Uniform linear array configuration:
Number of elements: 4
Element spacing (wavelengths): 0.5
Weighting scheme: binomial
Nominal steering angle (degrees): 45
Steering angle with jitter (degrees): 43.717
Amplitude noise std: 0.05
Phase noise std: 0.05

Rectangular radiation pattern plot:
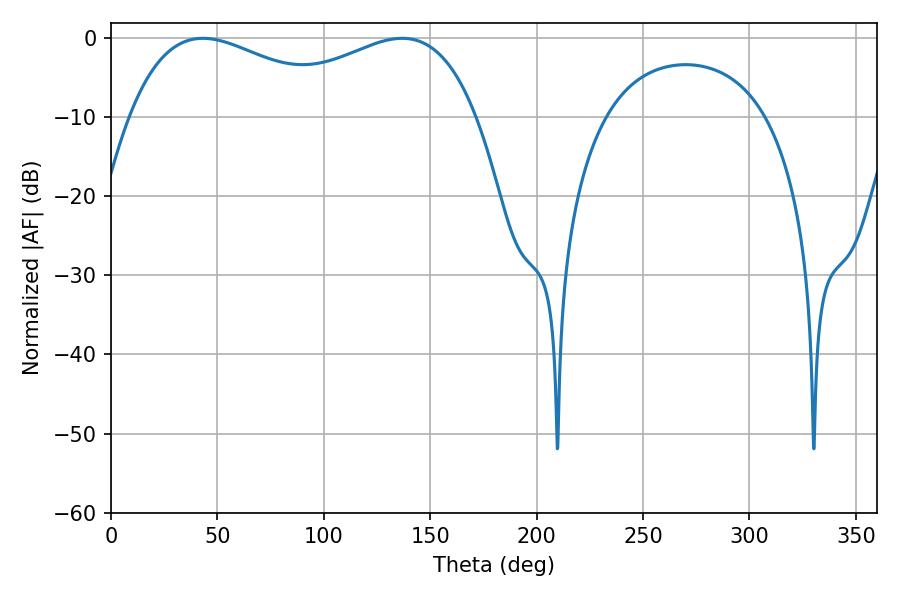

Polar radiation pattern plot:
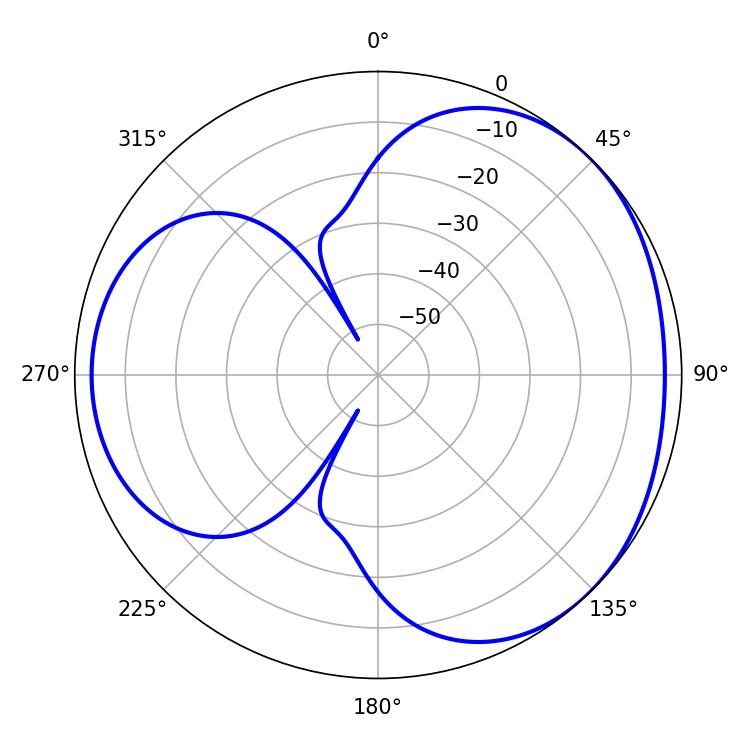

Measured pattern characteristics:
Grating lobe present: FALSE
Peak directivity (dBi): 3.268
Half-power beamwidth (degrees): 57.6
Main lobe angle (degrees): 43.2